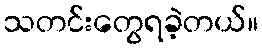
သတင်းတွေရခဲ့တယ်။